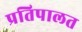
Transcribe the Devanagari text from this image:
प्रतिपालत